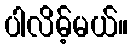
ပါလိမ့်မယ်။